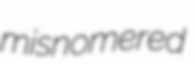
misnomered